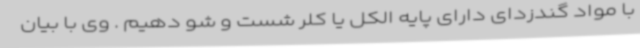
با مواد گندزدای دارای پایه الکل یا کلر شست و شو دهیم . وی با بیان